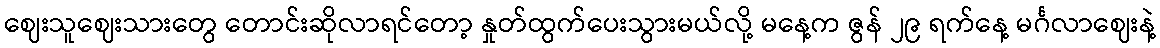
ဈေးသူဈေးသားတွေ တောင်းဆိုလာရင်တော့ နှုတ်ထွက်ပေးသွားမယ်လို့ မနေ့က ဇွန် ၂၉ ရက်နေ့ မင်္ဂလာဈေးနဲ့